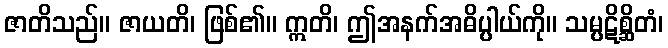
ဇာတိသည်။ ဇာယတိ၊ ဖြစ်၏။ ဣတိ၊ ဤအနက်အဓိပ္ပါယ်ကို။ သမ္ပဋိစ္ဆိတံ၊